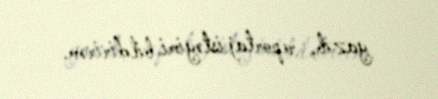
yazıb, reportaj istəyimi bildirirəm.